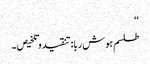
‘‘
طلسم ہوش ربا:تنقید وتلخیص۔